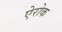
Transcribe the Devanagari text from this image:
ऐरोक